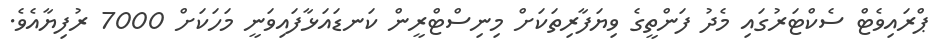
ޕްރައިވެޓް ސެކްޓަރުގައި މެދު ފަންތީގެ ވިޔަފާރިތަކަށް މިނިސްޓްރީން ކަނޑައަޅާފައިވަނީ މަހަކަށް 7000 ރުފިޔާއެވެ.